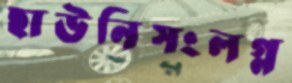
ছাউনিসংলগ্ন